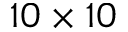
1 0 \times 1 0